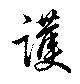
護